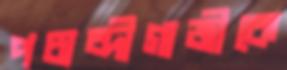
পচাব্দীগাজীকে